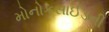
મોનોકસાઈડની